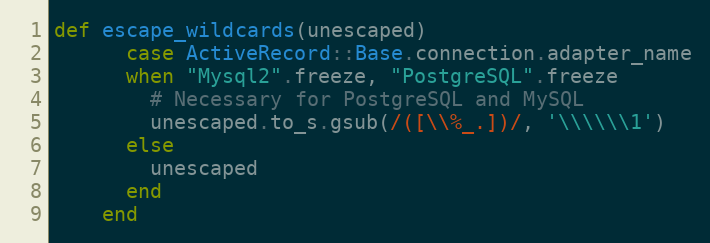
Language: Ruby
def escape_wildcards(unescaped)
      case ActiveRecord::Base.connection.adapter_name
      when "Mysql2".freeze, "PostgreSQL".freeze
        # Necessary for PostgreSQL and MySQL
        unescaped.to_s.gsub(/([\\%_.])/, '\\\\\\1')
      else
        unescaped
      end
    end